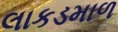
લાકડમાળ